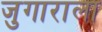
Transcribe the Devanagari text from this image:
जुगाराला